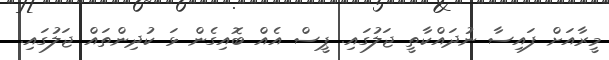
މީރާއަށް ފައިސާ ނުދައްކާތީ ޖަލުގައި. ޕީސް އެއް ބޮއިގެން ޅަ ކުދިންތައް ޖަލުގައި.